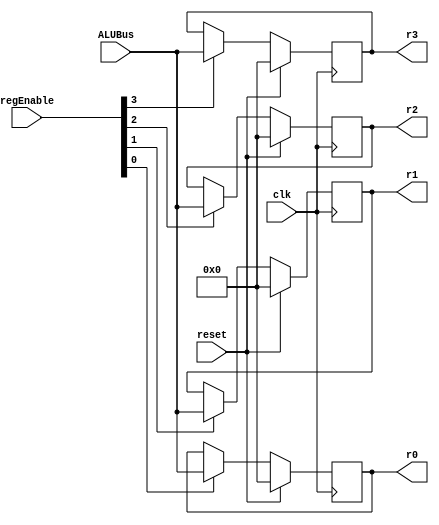
// Given below is a 2D-memory array implementation 
// For simplicity, I'm designing a 4-bitX4  memory
module regfile_2D_memory(ALUBus, r0,r1,r2,r3, regEnable, clk, reset);
	input clk, reset;
	input [3:0] ALUBus;
	input [3:0] regEnable;
	// 4 instances (r0 to r3) of 4-bit registers
	output [3:0] r0, r1, r2, r3; 
	reg [3:0] r [0:7]; // 2-dimensional memory

        // The syntax for the above 2D-array is:
        // reg [DATA_WIDTH - 1: 0] r [0: NUM_WORDS-1]

   
	/********
	Unfortunately, verilog does not allow  the following
	declaration where the 2D memory cannot be  declared as 
	an IO port
	// output reg [3:0] r [0:3];
	*********/
	genvar i;
	
	generate
	for(i=0; i<=3;i=i+1) 
	begin:regfile
		always @(posedge clk)
		begin
			if (reset == 1'b1)
				r[i]<= 4'd0;
			else
				if(regEnable[i]==1'b1)
				r[i] <= ALUBus;
				//else
				//r[i] <= r[i];
		end
	end
	endgenerate
	// assign outputs explicitly
	assign r0 = r[0];
	assign r1 = r[1];
	assign r2 = r[2];
	assign r3 = r[3];
endmodule